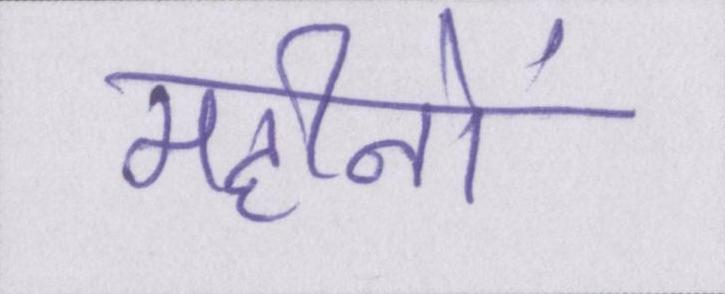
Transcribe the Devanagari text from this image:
महीनों